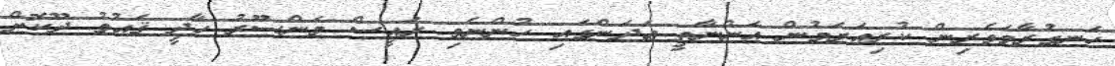
ހަނގުރާމަވެރިން ކުރިއަރަމުން އަންނާތީ ޢަދަންގައި ހުންނެވި ރައީސް މަންސޫރު ހާދީ ޤައުމު ދޫކޮށް